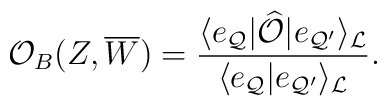
{\cal O}_B(Z,\overline{W}) = {\langle e_{{\cal Q}}| \widehat{\cal O}| e_{{\cal Q}'}\rangle_{\cal L} \over\langle e_{{\cal Q}} | e_{{\cal Q}'}\rangle_{\cal L}}.